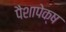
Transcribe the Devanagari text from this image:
पैशापेक्ष